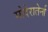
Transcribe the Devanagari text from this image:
मोदेरातेर्ना